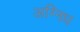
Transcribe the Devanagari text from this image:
अग्निध